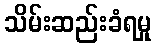
သိမ်းဆည်းခံရမှု